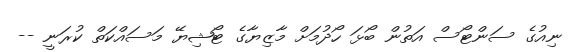
ނިއުގެ ސަންޓޯސް އަތުން ބޯޅަ ހޯދުމަށް މާޒިޔާގެ ޓޯޝިޔޭ މަސައްކަތް ކުރަނީ --